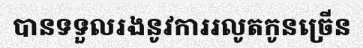
បានទទួលរងនូវការរលូតកូនច្រើន